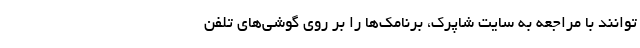
‌توانند با مراجعه به سایت شاپرک، برنامک‌ها را بر روی گوشی‌های تلفن